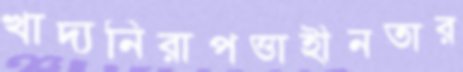
খাদ্যনিরাপত্তাহীনতার